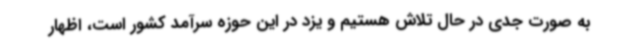
به صورت جدی در حال تلاش هستیم و یزد در این حوزه سرآمد کشور است، اظهار